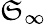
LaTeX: \mathfrak{S}_{\infty}